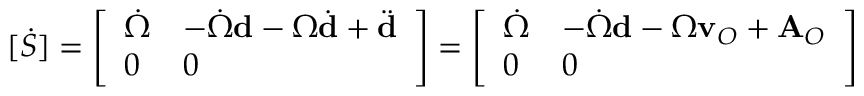
[ { \dot { S } } ] = { \left[ \begin{array} { l l } { { \dot { \Omega } } } & { - { \dot { \Omega } } \mathbf { d } - \Omega { \dot { \mathbf { d } } } + { \ddot { \mathbf { d } } } } \\ { 0 } & { 0 } \end{array} \right] } = { \left[ \begin{array} { l l } { { \dot { \Omega } } } & { - { \dot { \Omega } } \mathbf { d } - \Omega \mathbf { v } _ { O } + \mathbf { A } _ { O } } \\ { 0 } & { 0 } \end{array} \right] }